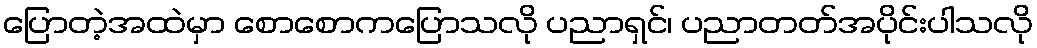
ပြောတဲ့အထဲမှာ စောစောကပြောသလို ပညာရှင်၊ ပညာတတ်အပိုင်းပါသလို